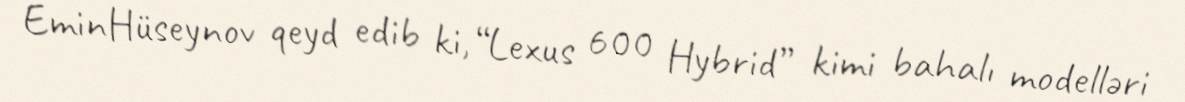
EminHüseynov qeyd edib ki, “Lexus 600 Hybrid” kimi bahalı modelləri